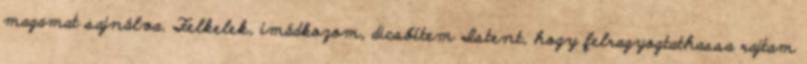
magamat sajnálva. Felkelek, imádkozom, dicsőítem Istent, hogy felragyogtathassa rajtam